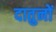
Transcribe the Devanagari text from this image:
दातुनों